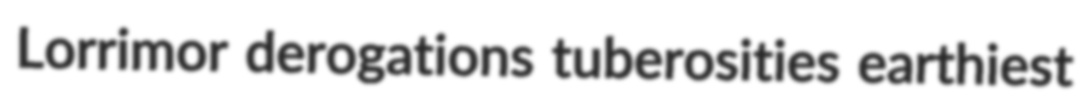
Lorrimor derogations tuberosities earthiest